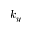
k _ { y }